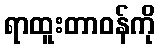
ရာထူးတာဝန်ကို